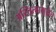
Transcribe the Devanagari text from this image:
अस्तित्वामूळेच